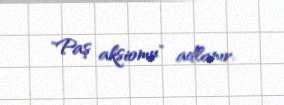
"Paş aksiomu" adlanır.